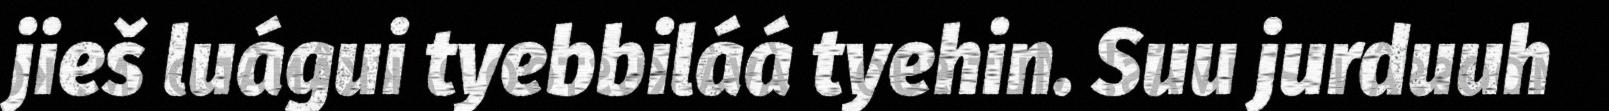
jieš luágui tyebbiláá tyehin. Suu jurduuh